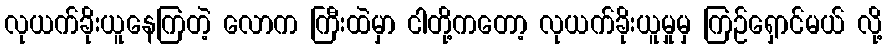
လုယက်ခိုးယူနေကြတဲ့ လောက ကြီးထဲမှာ ငါတို့ကတော့ လုယက်ခိုးယူမှုမှ ကြဉ်ရှောင်မယ် လို့